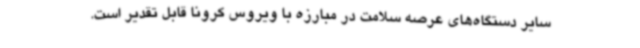
سایر دستگاه‌های عرصه سلامت در مبارزه با ویروس کرونا قابل تقدیر است.